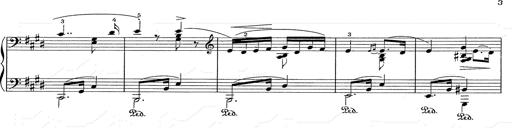
Title: Hungarian Rhapsody No.2
Composer: Franz Liszt
Key: C-sharp minor